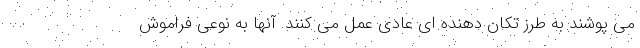
می پوشند به طرز تکان دهنده ای عادی عمل می کنند. آنها به نوعی فراموش